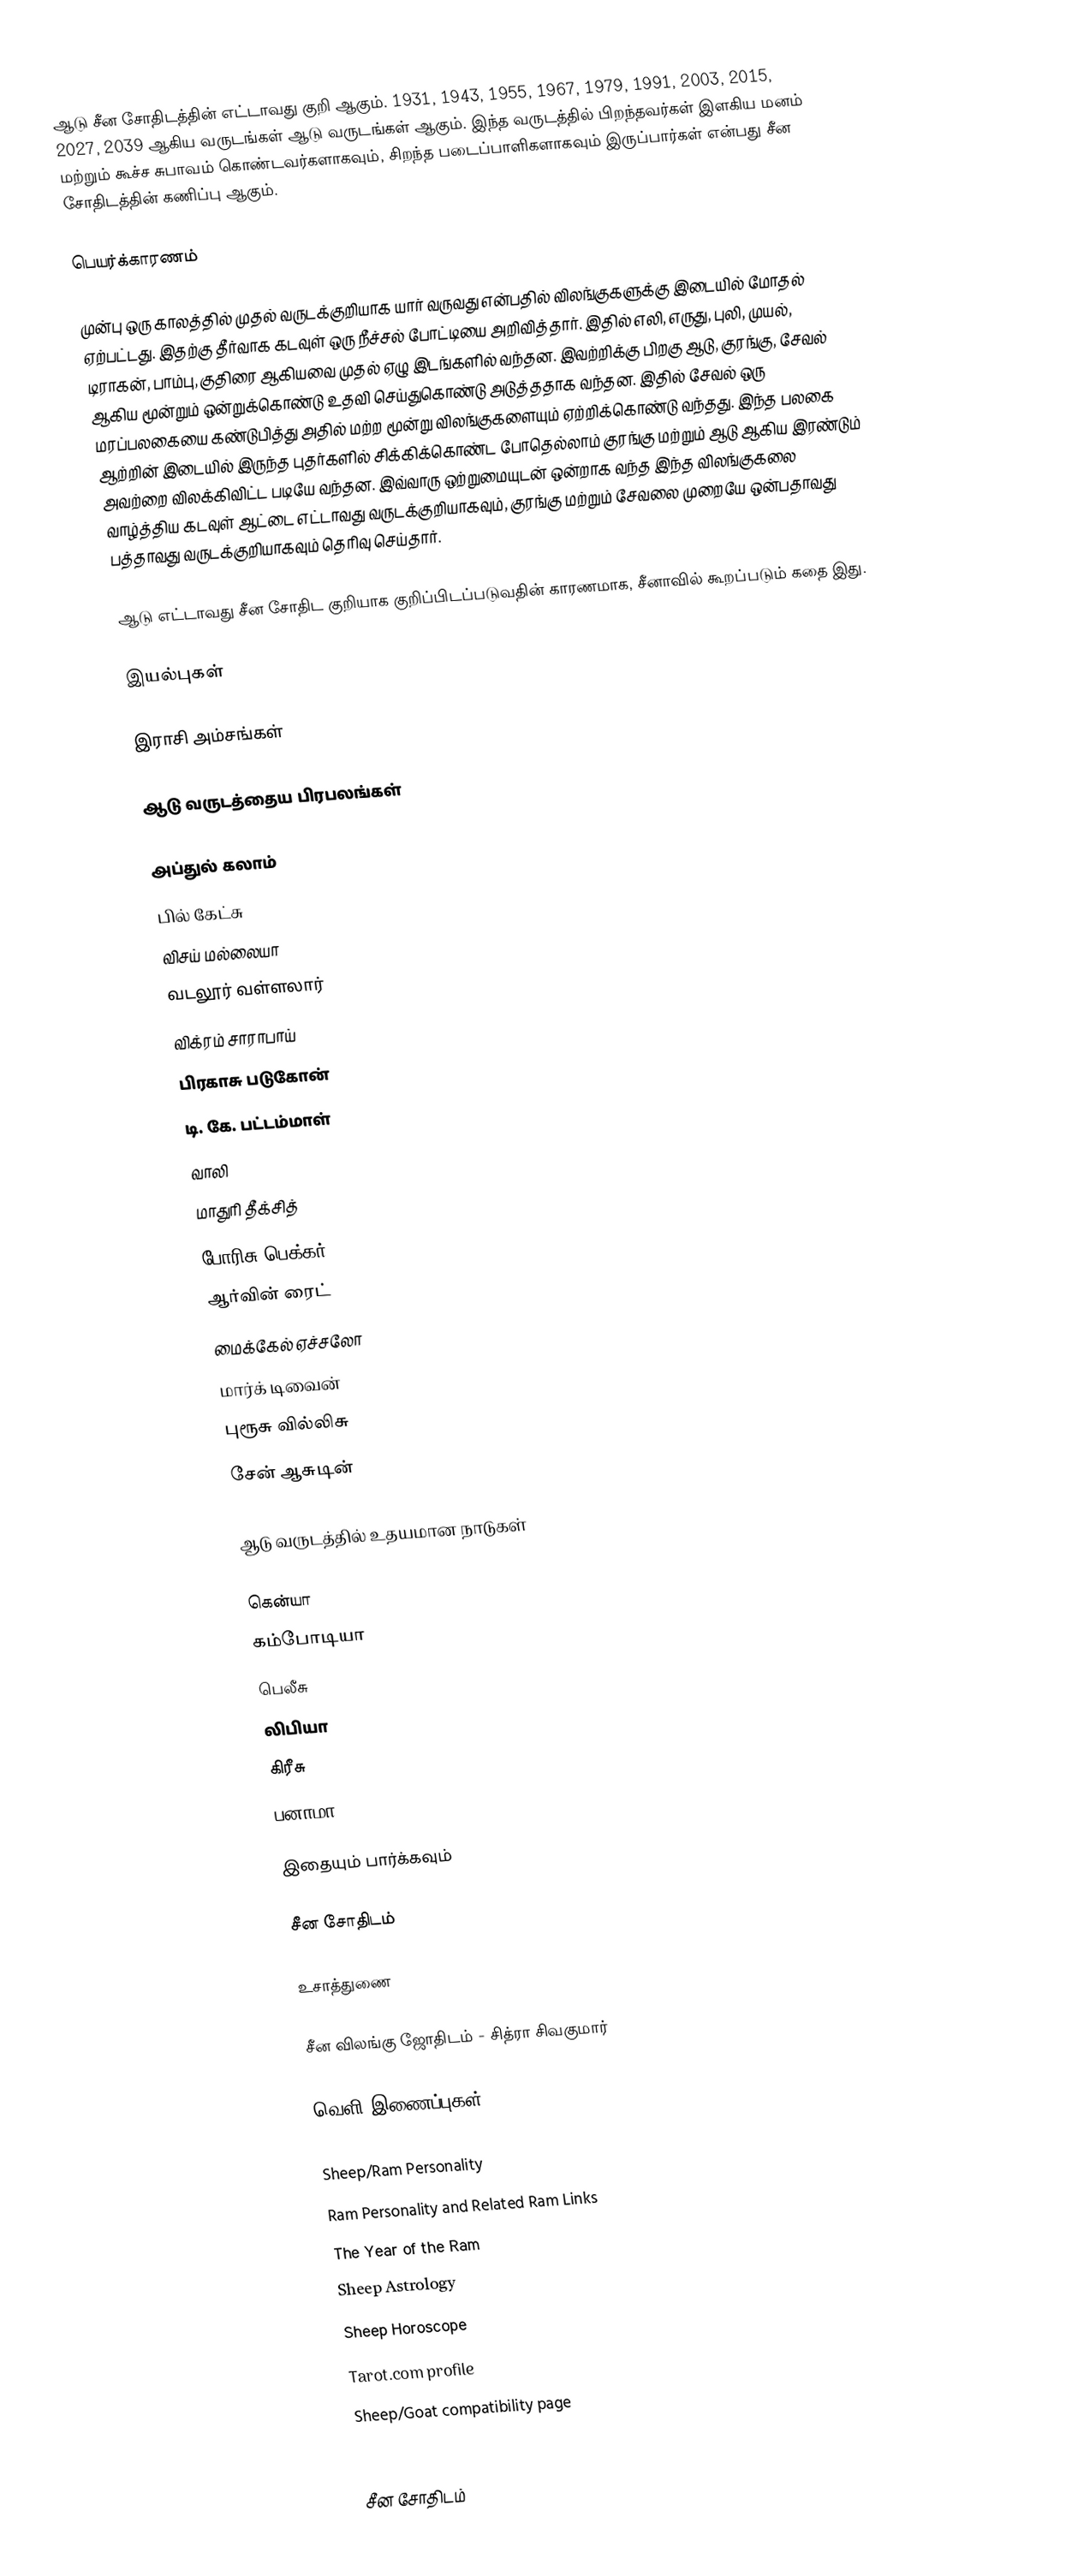
ஆடு சீன சோதிடத்தின் எட்டாவது குறி ஆகும். 1931, 1943, 1955, 1967, 1979, 1991, 2003, 2015, 2027, 2039 ஆகிய வருடங்கள் ஆடு வருடங்கள் ஆகும். இந்த வருடத்தில் பிறந்தவர்கள் இளகிய மனம் மற்றும் கூச்ச சுபாவம் கொண்டவர்களாகவும், சிறந்த படைப்பாளிகளாகவும் இருப்பார்கள் என்பது சீன சோதிடத்தின் கணிப்பு ஆகும்.

பெயர்க்காரணம்

முன்பு ஒரு காலத்தில் முதல் வருடக்குறியாக யார் வருவது என்பதில் விலங்குகளுக்கு இடையில் மோதல் ஏற்பட்டது. இதற்கு தீர்வாக கடவுள் ஒரு நீச்சல் போட்டியை அறிவித்தார். இதில் எலி, எருது, புலி, முயல், டிராகன், பாம்பு, குதிரை ஆகியவை முதல் ஏழு இடங்களில் வந்தன. இவற்றிக்கு பிறகு ஆடு, குரங்கு, சேவல் ஆகிய மூன்றும் ஒன்றுக்கொண்டு உதவி செய்துகொண்டு அடுத்ததாக வந்தன. இதில் சேவல் ஒரு மரப்பலகையை கண்டுபித்து அதில் மற்ற மூன்று விலங்குகளையும் ஏற்றிக்கொண்டு வந்தது. இந்த பலகை ஆற்றின் இடையில் இருந்த புதர்களில் சிக்கிக்கொண்ட போதெல்லாம் குரங்கு மற்றும் ஆடு ஆகிய இரண்டும் அவற்றை விலக்கிவிட்ட படியே வந்தன. இவ்வாரு ஒற்றுமையுடன் ஒன்றாக வந்த இந்த விலங்குகலை வாழ்த்திய கடவுள் ஆட்டை எட்டாவது வருடக்குறியாகவும், குரங்கு மற்றும் சேவலை முறையே ஒன்பதாவது பத்தாவது வருடக்குறியாகவும் தெரிவு செய்தார்.

ஆடு எட்டாவது சீன சோதிட குறியாக குறிப்பிடப்படுவதின் காரணமாக, சீனாவில் கூறப்படும் கதை இது.

இயல்புகள்

இராசி அம்சங்கள்

ஆடு வருடத்தைய பிரபலங்கள்

அப்துல் கலாம்
பில் கேட்சு
விசய் மல்லையா
வடலூர் வள்ளலார்
விக்ரம் சாராபாய்
பிரகாசு படுகோன்
டி. கே. பட்டம்மாள்
வாலி
மாதுரி தீக்சித்
போரிசு பெக்கர்
ஆர்வின் ரைட்
மைக்கேல் ஏச்சலோ
மார்க் டிவைன்
புரூசு வில்லிசு
சேன் ஆசுடின்

ஆடு வருடத்தில் உதயமான நாடுகள்

கென்யா
கம்போடியா
பெலீசு
லிபியா
கிரீசு
பனாமா

இதையும் பார்க்கவும்

சீன சோதிடம்

உசாத்துணை

சீன விலங்கு ஜோதிடம் - சித்ரா சிவகுமார்

வெளி இணைப்புகள்

Sheep/Ram Personality
Ram Personality and Related Ram Links
The Year of the Ram
Sheep Astrology
Sheep Horoscope
Tarot.com profile
Sheep/Goat compatibility page
Chinese Zodiac

சீன சோதிடம்